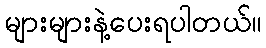
များများနဲ့ပေးရပါတယ်။